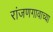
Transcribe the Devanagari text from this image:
रांजणगावाच्या